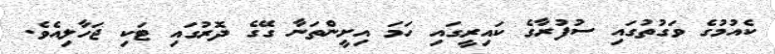
ކެއުމުގެ ވަގުތުގައި ސުފުރާގެ ކައިރީގައި ހަމަ އިށީންތަނާ ގޭގެ ދޮރުގައި ޓަކި ޖަހާލިއެވެ.